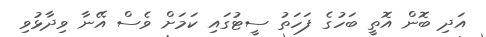
އަދި ބޮން އޮތީ ބަހުގެ ފަހަތު ސީޓުގައި ކަމަށް ވެސް އޭނާ ވިދާޅުވި